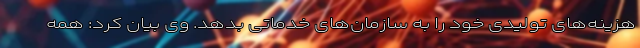
هزینه‌های تولیدی خود را به سازمان‌های خدماتی بدهد. وی بیان کرد: همه